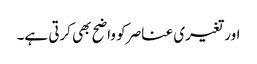
اور تغیری عناصر کو واضح بھی کرتی ہے۔